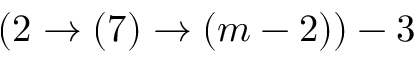
( 2 \rightarrow ( 7 ) \rightarrow ( m - 2 ) ) - 3